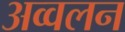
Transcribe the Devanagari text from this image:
अव्वलन